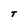
Character: T